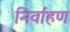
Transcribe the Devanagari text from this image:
निर्वाहण